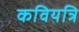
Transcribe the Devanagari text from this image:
कवियत्रि